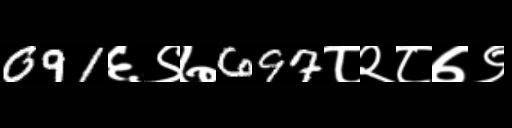
Text: 091६९७697८२८७९